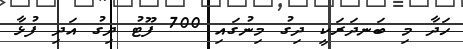
ހަދާ މި ބަނދަރަކީ ދިގު މިނުގައި 700 ފޫޓު ދިގު އަދި ފުޅާ